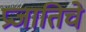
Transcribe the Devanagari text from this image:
प्रजातिचे